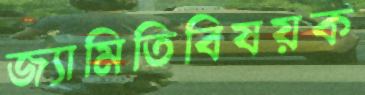
জ্যামিতিবিষয়ক